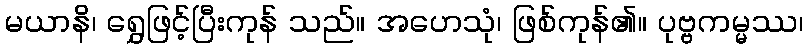
မယာနိ၊ ရွှေဖြင့်ပြီးကုန် သည်။ အဟေသုံ၊ ဖြစ်ကုန်၏။ ပုဗ္ဗကမ္မဿ၊